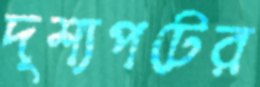
দৃশ্যপটের